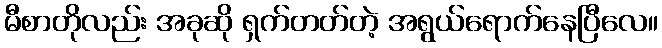
မီစာတိုလည်း အခုဆို ရှက်တတ်တဲ့ အရွယ်ရောက်နေပြီလေ။